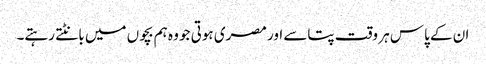
ان کے پاس ہر وقت پتاسے اور مصری ہوتی جو وہ ہم بچوں میں بانٹتے رہتے۔